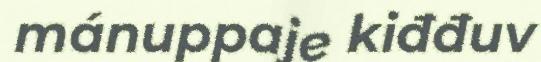
mánuppaje kiđđuv